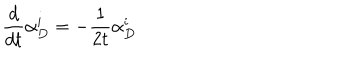
\frac { d } { d t } \alpha _ { D } ^ { i } = - \frac { 1 } { 2 t } \alpha _ { D } ^ { i }